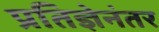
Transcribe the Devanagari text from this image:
प्रतिज्ञेनंतर